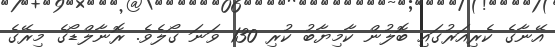
އޭނާގެ ކެރިއަރުގައި ބޮލުން ކާމިޔާބު ކުރި 130 ވަނަ ގޯލެވެ. ރޮނާލްޑޯގެ މިރޭގެ